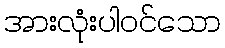
အားလုံးပါဝင်သော